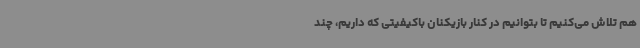
هم تلاش می‌کنیم تا بتوانیم در کنار بازیکنان باکیفیتی که داریم،‌ چند